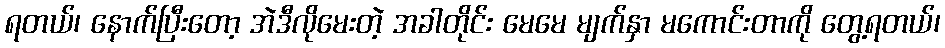
ရတယ်၊ နောက်ပြီးတော့ အဲဒီလိုမေးတဲ့ အခါတိုင်း မေမေ မျက်နှာ မကောင်းတာကို တွေ့ရတယ်၊